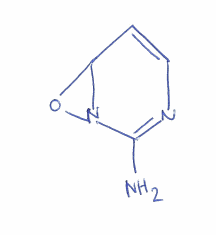
Simplified molecular-input line-entry system (SMILES) notation of the given molecule:
C1=CN=C(N2C1O2)N